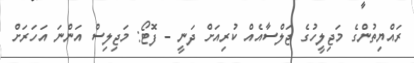
ރައްޔިތުންގެ މަޖިލީހުގެ ޖަލްސާއެއް ކުރިއަށް ދަނީ - ފޮޓޯ: މަޖިލިސް އަންނަ އަހަރަށް